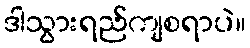
ဒါသွားရည်ကျစရာပဲ။